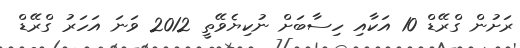
ރަށުން ގްރޭޑް 10 އަކާއި ހިސާބަށް ނުކިޔެވޭތީ 2012 ވަނަ އަހަރު ގްރޭޑް